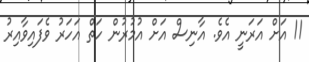
11 އަށް އަރަނީ އެވެ. އާނިސް އަށް އުމުރުން ހަތް އަހަރު ވެފައިވާއިރު